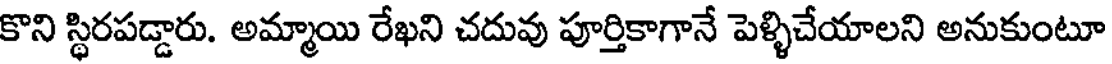
కొని స్థిరపడ్డారు. అమ్మాయి రేఖని చదువు పూర్తికాగానే పెళ్ళిచేయాలని అనుకుంటూ